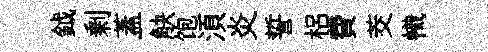
鉞剰蓋觖饱湏炎誓梠費茭幟